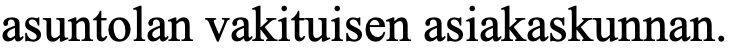
asuntolan vakituisen asiakaskunnan.